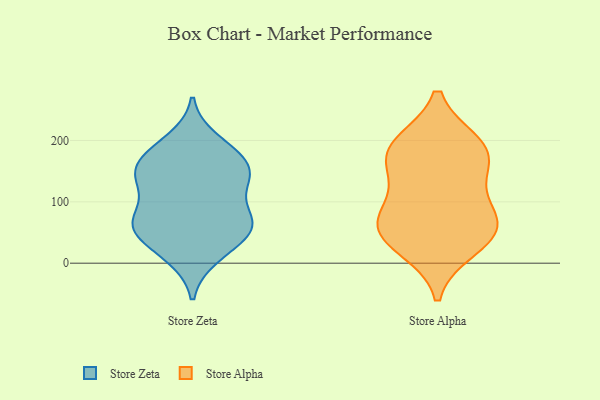
{"axis": {"x": "Revenue (USD Million)", "y": "Value"}, "legend": ["Store Alpha", "Store Zeta"], "data": [{"x": "", "y": 78, "type": "Store Zeta"}, {"x": "", "y": 11, "type": "Store Zeta"}, {"x": "", "y": 131, "type": "Store Zeta"}, {"x": "", "y": 154, "type": "Store Zeta"}, {"x": "", "y": 184, "type": "Store Zeta"}, {"x": "", "y": 59, "type": "Store Zeta"}, {"x": "", "y": 59, "type": "Store Zeta"}, {"x": "", "y": 162, "type": "Store Zeta"}, {"x": "", "y": 69, "type": "Store Zeta"}, {"x": "", "y": 17, "type": "Store Zeta"}, {"x": "", "y": 52, "type": "Store Zeta"}, {"x": "", "y": 173, "type": "Store Zeta"}, {"x": "", "y": 131, "type": "Store Zeta"}, {"x": "", "y": 145, "type": "Store Zeta"}, {"x": "", "y": 132, "type": "Store Zeta"}, {"x": "", "y": 200, "type": "Store Zeta"}, {"x": "", "y": 74, "type": "Store Zeta"}, {"x": "", "y": 53, "type": "Store Zeta"}, {"x": "", "y": 50, "type": "Store Alpha"}, {"x": "", "y": 71, "type": "Store Alpha"}, {"x": "", "y": 162, "type": "Store Alpha"}, {"x": "", "y": 193, "type": "Store Alpha"}, {"x": "", "y": 118, "type": "Store Alpha"}, {"x": "", "y": 183, "type": "Store Alpha"}, {"x": "", "y": 69, "type": "Store Alpha"}, {"x": "", "y": 26, "type": "Store Alpha"}, {"x": "", "y": 52, "type": "Store Alpha"}, {"x": "", "y": 185, "type": "Store Alpha"}]}